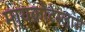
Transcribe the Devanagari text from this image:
मायक्रोटेस्लास